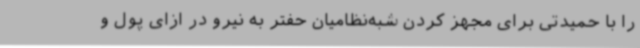
را با حمیدتی برای مجهز کردن شبه‌نظامیان حفتر به نیرو در ازای پول و